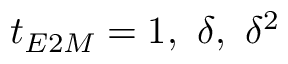
t _ { E 2 M } = 1 , ~ \delta , ~ \delta ^ { 2 }